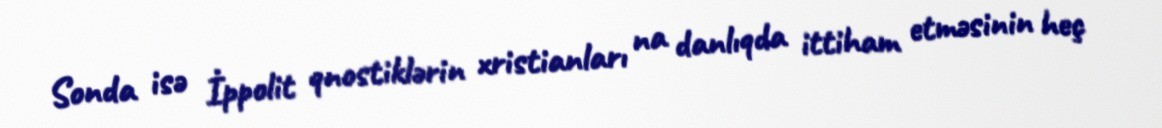
Sonda isə İppolit qnostiklərin xristianları na danlıqda ittiham etməsinin heç